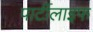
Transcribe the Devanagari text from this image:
पार्टीलाइफ